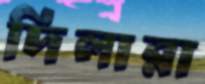
দিলারা